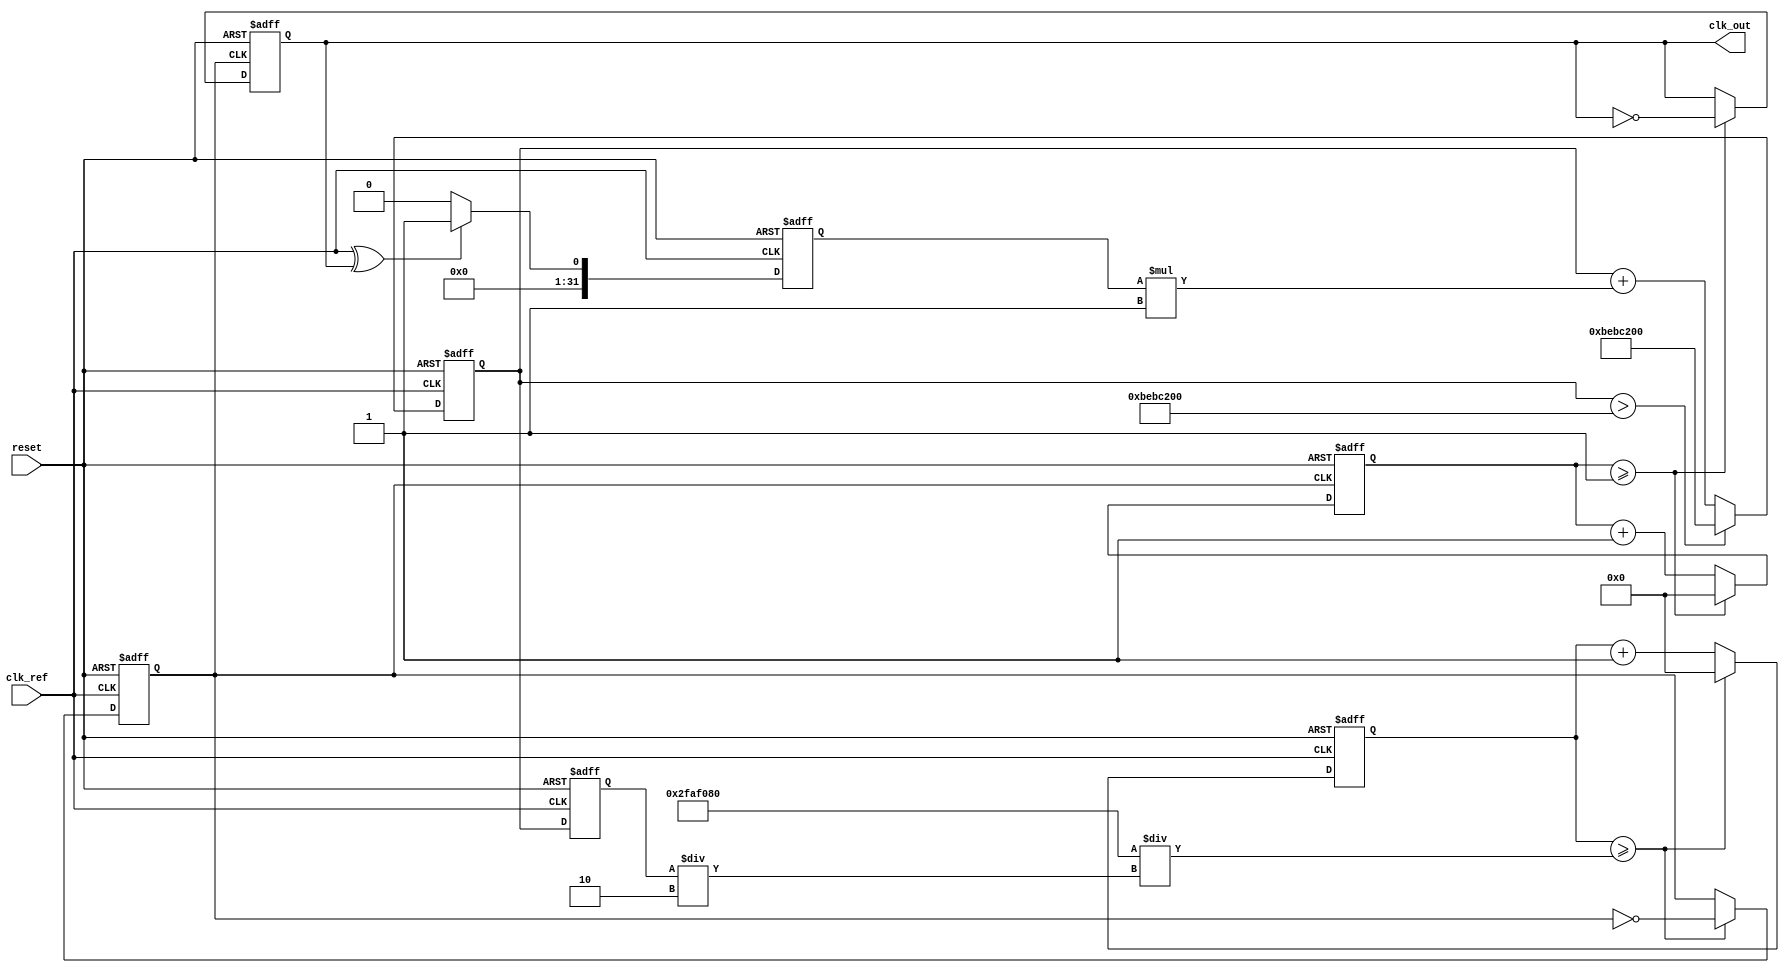
module parameterized_PLL #(
    parameter F_REF = 50_000_000, // Reference frequency in Hz
    parameter F_OUT = 100_000_000, // Desired output frequency in Hz
    parameter N = F_OUT / F_REF, // Division ratio
    parameter LOOP_FILTER_GAIN = 1, // Gain for loop filter
    parameter VCO_MAX_FREQ = 200_000_000 // Maximum VCO frequency in Hz
)(
    input wire clk_ref, // Reference clock input
    input wire reset,    // Reset signal
    output reg clk_out   // Output clock
);

    // Internal signals
    reg [31:0] phase_error; // Phase error signal
    reg [31:0] control_voltage; // Control voltage for VCO
    reg [31:0] vco_freq; // Current VCO frequency
    reg [31:0] divider_count; // Divider count
    reg [31:0] vco_count; // VCO count for generating output clock
    reg vco_clk; // VCO clock signal

    // Phase Detector (PD)
    always @(posedge clk_ref or posedge reset) begin
        if (reset) begin
            phase_error <= 0;
        end else begin
            // Simple phase detector using XOR
            phase_error <= (clk_ref ^ clk_out) ? 1 : 0;
        end
    end

    // Loop Filter (LF)
    always @(posedge clk_ref or posedge reset) begin
        if (reset) begin
            control_voltage <= 0;
        end else begin
            // Simple proportional filter
            control_voltage <= control_voltage + (phase_error * LOOP_FILTER_GAIN);
            if (control_voltage > VCO_MAX_FREQ) begin
                control_voltage <= VCO_MAX_FREQ; // Clamp control voltage
            end
        end
    end

    // Voltage-Controlled Oscillator (VCO)
    always @(posedge clk_ref or posedge reset) begin
        if (reset) begin
            vco_freq <= 0;
            vco_clk <= 0;
            vco_count <= 0;
        end else begin
            // Adjust VCO frequency based on control voltage
            vco_freq <= control_voltage;
            // Generate VCO clock signal based on frequency
            if (vco_count >= (F_REF / (vco_freq / 2))) begin
                vco_clk <= ~vco_clk; // Toggle VCO clock
                vco_count <= 0;
            end else begin
                vco_count <= vco_count + 1;
            end
        end
    end

    // Divider
    always @(posedge vco_clk or posedge reset) begin
        if (reset) begin
            divider_count <= 0;
            clk_out <= 0;
        end else begin
            if (divider_count >= N - 1) begin
                clk_out <= ~clk_out; // Toggle output clock
                divider_count <= 0;
            end else begin
                divider_count <= divider_count + 1;
            end
        end
    end

endmodule